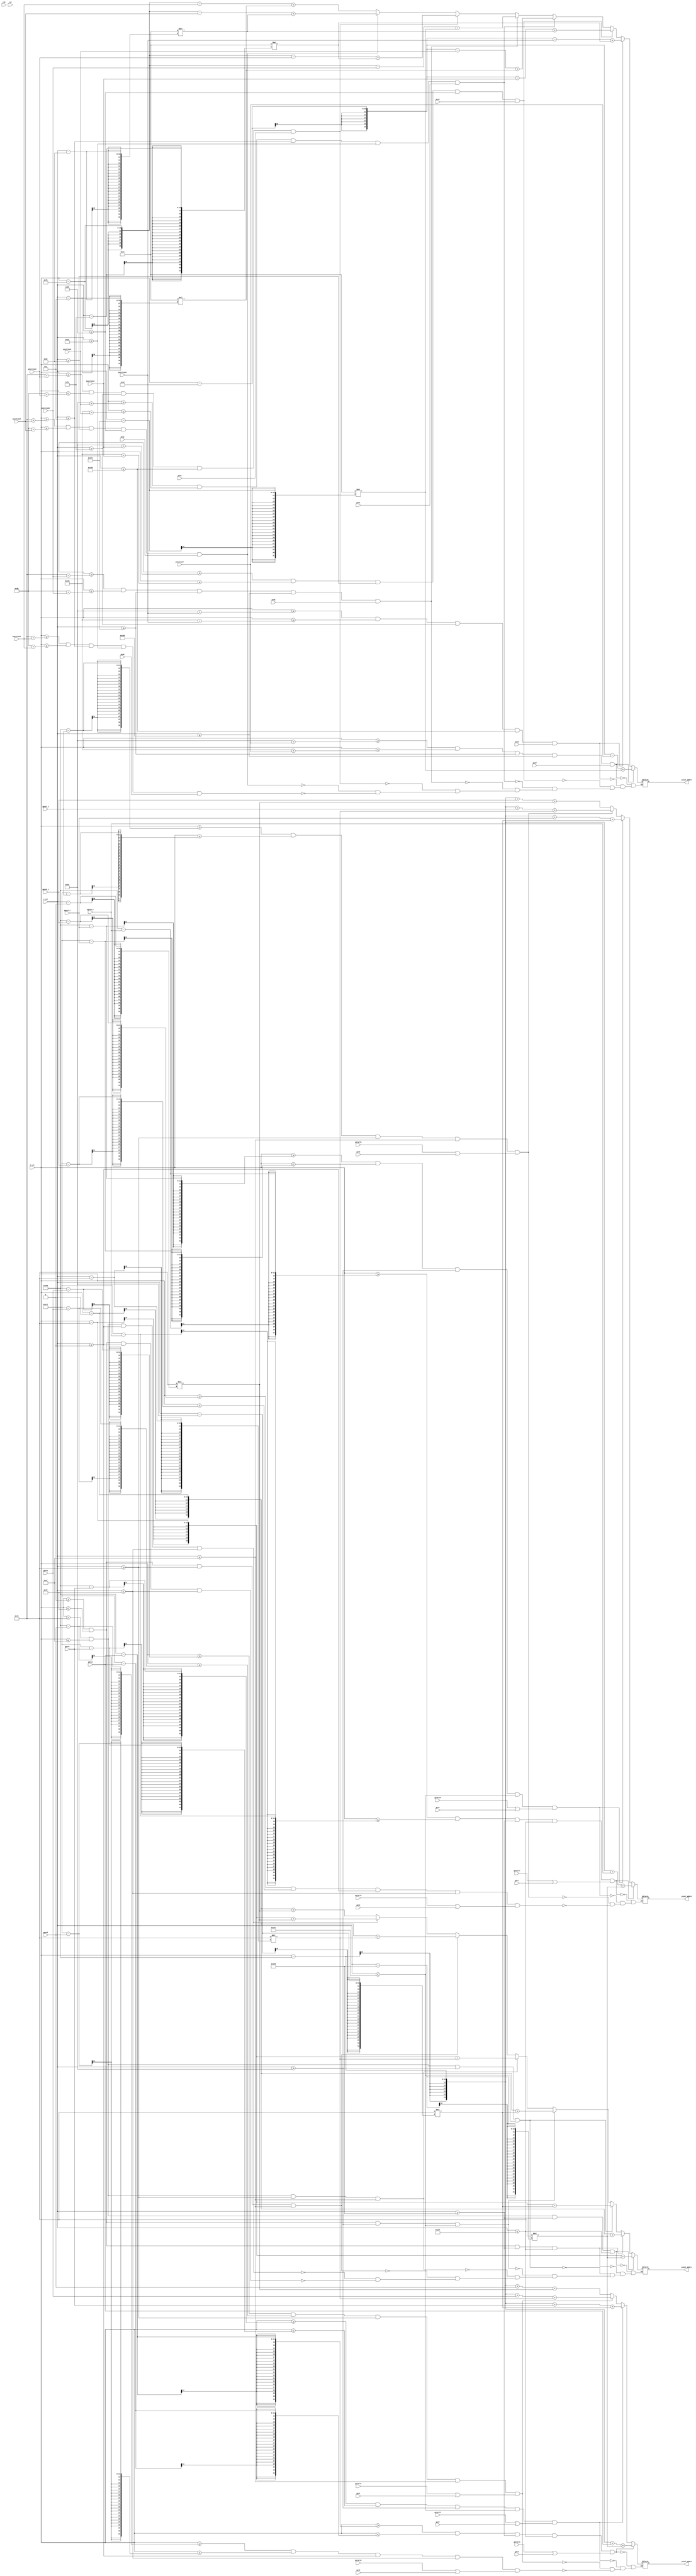
module mem_addr_gen(
   input clk,
   input rst,
   input [9:0] h_cnt,
   input [9:0] v_cnt,
   input [10:0] position0,
   input [10:0] position1,
   input [10:0] position2,
   input [10:0] position3,
   input [10:0] position4,
   input [10:0] position5,
   input [10:0] position6,
   input [10:0] position7,
   input [10:0]gpos0,
   input [10:0]gpos1,
   input [10:0]gpos2,
   input [10:0]gpos3,
   input [10:0] gpos0_1,
   input [10:0] gpos1_1,
   input [10:0] gpos2_1,
   input [10:0] gpos3_1,
   input pos0,
   input pos1,
   input pos2,
   input pos3,
   input pos4,
   input pos5,
   input pos6,
   input pos7,
   input gstart0,
   input gstart1,
   input gstart2,
   input gstart3,
   input gstart4,
   input gstart5,
   input gstart6,
   input gstart7,
   input gst0,
   input gst1,
   input gst2,
   input gst3,
   input gst4,
   input gst5,
   input gst6,
   input gst7,
   output [16:0] pixel_addr1, //plant
   output [16:0] pixel_addr2, //bullet
   output [16:0] pixel_addr3 , //zombie
   output [16:0] pixel_addr4 //zombie
   );
    
	reg [16:0] pixel_addr1;	//plant
	reg [16:0] pixel_addr2;	//bullet
	reg [16:0] pixel_addr3;	//zombie
    reg [16:0] pixel_addr4;	//zombie
//   assign pixel_addr1 = ((h_cnt)+120*(v_cnt)) % 14400;
//   assign pixel_addr2 = ((h_cnt - 20 - position)+ 50*(v_cnt)) % 2500;
//   assign pixel_addr3 = ((h_cnt + 80 )+120*(v_cnt)) % 14400;   


   
   always @(*) begin
		if ((h_cnt>=0)&&(h_cnt<=119)&&(v_cnt>=0)&&(v_cnt<=119))		//a11 plant
			pixel_addr1 = (h_cnt-0)+120*(v_cnt-0);
		if ((h_cnt>=120)&&(h_cnt<=239)&&(v_cnt>=0)&&(v_cnt<=119))		//a12 plant
			pixel_addr1 = (h_cnt-120)+120*(v_cnt-0);
		if ((h_cnt>=0)&&(h_cnt<=119)&&(v_cnt>=120)&&(v_cnt<=239))		//a21 plant
			pixel_addr1 = (h_cnt-0)+120*(v_cnt-120);
		if ((h_cnt>=120)&&(h_cnt<=239)&&(v_cnt>=120)&&(v_cnt<=239))	//a22 plant
			pixel_addr1 = (h_cnt-120)+120*(v_cnt-120);
		if ((h_cnt>=0)&&(h_cnt<=119)&&(v_cnt>=240)&&(v_cnt<=359))		//a31 plant
			pixel_addr1 = (h_cnt-0)+120*(v_cnt-240);
		if ((h_cnt>=120)&&(h_cnt<=239)&&(v_cnt>=240)&&(v_cnt<=359))	//a32 plant
			pixel_addr1 = (h_cnt-120)+120*(v_cnt-240);
		if ((h_cnt>=0)&&(h_cnt<=119)&&(v_cnt>=360)&&(v_cnt<=479))		//a41 plant
			pixel_addr1 = (h_cnt-0)+120*(v_cnt-360);
		if ((h_cnt>=120)&&(h_cnt<=239)&&(v_cnt>=360)&&(v_cnt<=479))	//a42 plant
			pixel_addr1 = (h_cnt-120)+120*(v_cnt-360);
			
		if ((h_cnt>=120+position0)&&(h_cnt<=139+position0)&&(v_cnt>=10)&&(v_cnt<=29)&&pos0==1)	//a1 bullet
			pixel_addr2 = (h_cnt-117-position0)+20*(v_cnt-10);
		if ((h_cnt>=120+position2)&&(h_cnt<=139+position2)&&(v_cnt>=130)&&(v_cnt<=149)&&pos2==1)	//a2 bullet
			pixel_addr2 = (h_cnt-117-position2)+20*(v_cnt-130);
		if ((h_cnt>=120+position4)&&(h_cnt<=139+position4)&&(v_cnt>=250)&&(v_cnt<=269)&&pos4==1)	//a3 bullet
			pixel_addr2 = (h_cnt-117-position4)+20*(v_cnt-250);
		if ((h_cnt>=120+position6)&&(h_cnt<=139+position6)&&(v_cnt>=370)&&(v_cnt<=389)&&pos6==1)	//a4 bullet
			pixel_addr2 = (h_cnt-117-position6)+20*(v_cnt-370);			
			
	    if ((h_cnt>=240+position1)&&(h_cnt<=259+position1)&&(v_cnt>=10)&&(v_cnt<=29)&&pos1==1)	//a1 bullet
		    pixel_addr2 = (h_cnt-237-position1)+20*(v_cnt-10);
		if ((h_cnt>=240+position3)&&(h_cnt<=259+position3)&&(v_cnt>=130)&&(v_cnt<=149)&&pos3==1)	//a1 bullet
			pixel_addr2 = (h_cnt-237-position3)+20*(v_cnt-130);
	    if ((h_cnt>=240+position5)&&(h_cnt<=259+position5)&&(v_cnt>=250)&&(v_cnt<=269)&&pos5==1)	//a1 bullet
		    pixel_addr2 = (h_cnt-237-position5)+20*(v_cnt-250);
		if ((h_cnt>=240+position7)&&(h_cnt<=259+position7)&&(v_cnt>=370)&&(v_cnt<=389)&&pos7==1)	//a1 bullet
		    pixel_addr2 = (h_cnt-237-position7)+20*(v_cnt-370);
		
		if ((h_cnt>=520-gpos0)&&(h_cnt<=639-gpos0)&&(v_cnt>=0)&&(v_cnt<=119)&&(gstart0==1||gst0==1))		//a1 zombie
			pixel_addr3 = (h_cnt-520+gpos0)+120*(v_cnt-0);
		if ((h_cnt>=520-gpos1)&&(h_cnt<=639-gpos1)&&(v_cnt>=120)&&(v_cnt<=239)&&(gstart1==1||gst1==1))		//a2 zombie
			pixel_addr3 = (h_cnt-520+gpos1)+120*(v_cnt-120);
		if ((h_cnt>=520-gpos2)&&(h_cnt<=639-gpos2)&&(v_cnt>=240)&&(v_cnt<=359)&&(gstart2==1||gst2==1))		//a3 zombie
			pixel_addr3 = (h_cnt-520+gpos2)+120*(v_cnt-240);
		if ((h_cnt>=520-gpos3)&&(h_cnt<=639-gpos3)&&(v_cnt>=360)&&(v_cnt<=479)&&(gstart3==1||gst3==1))		//a4 zombie
			pixel_addr3 = (h_cnt-520+gpos3)+120*(v_cnt-360);	
			
	    if ((h_cnt>=520-gpos0_1)&&(h_cnt<=639-gpos0_1)&&(v_cnt>=0)&&(v_cnt<=119)&&(gstart4==1||gst4==1))		//a1 zombie
			pixel_addr4 = (h_cnt-520+gpos0_1)+120*(v_cnt-0);
		if ((h_cnt>=520-gpos1_1)&&(h_cnt<=639-gpos1_1)&&(v_cnt>=120)&&(v_cnt<=239)&&(gstart5==1||gst5==1))		//a2 zombie
			pixel_addr4 = (h_cnt-520+gpos1_1)+120*(v_cnt-120);
		if ((h_cnt>=520-gpos2_1)&&(h_cnt<=639-gpos2_1)&&(v_cnt>=240)&&(v_cnt<=359)&&(gstart6==1||gst6==1))		//a3 zombie
			pixel_addr4 = (h_cnt-520+gpos2_1)+120*(v_cnt-240);
		if ((h_cnt>=520-gpos3_1)&&(h_cnt<=639-gpos3_1)&&(v_cnt>=360)&&(v_cnt<=479)&&(gstart7==1||gst7==1))		//a4 zombie
			pixel_addr4 = (h_cnt-520+gpos3_1)+120*(v_cnt-360);	
	
		//if ((h_cnt>=300-position)&&(h_cnt<=419-position)&&(v_cnt>=0)&&(v_cnt<=119))		//a1 second zombie
		//	pixel_addr3 = (h_cnt-300+position)+120*(v_cnt-0);			
			
   end
   

endmodule